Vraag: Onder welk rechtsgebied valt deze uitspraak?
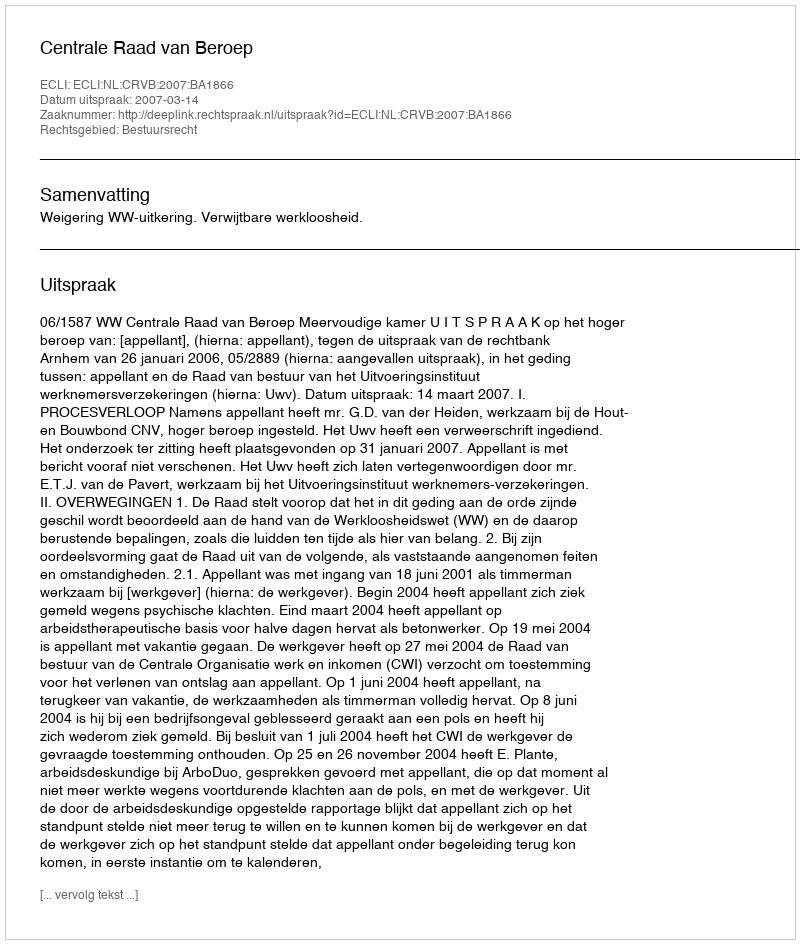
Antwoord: Bestuursrecht